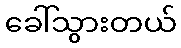
ခေါ်သွားတယ်